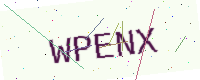
Text: WPENX